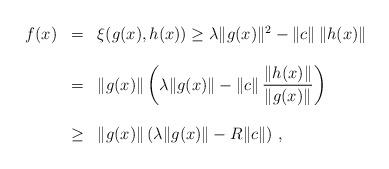
LaTeX: \begin{align*}\begin{array}{rcl}f(x)&=&\xi(g(x),h(x))\ge \lambda \|g(x)\|^2 -\|c\|\, \|h(x)\|\\&&\\&=& \|g(x)\|\left( \lambda \|g(x)\| -\|c\|\, \dfrac{\|h(x)\|}{\|g(x)\|}\right)\\&&\\&\ge & \|g(x)\|\left(\lambda \|g(x)\| -R\|c\|\right)\,,\end{array}\end{align*}